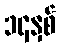
၁၄နှစ်